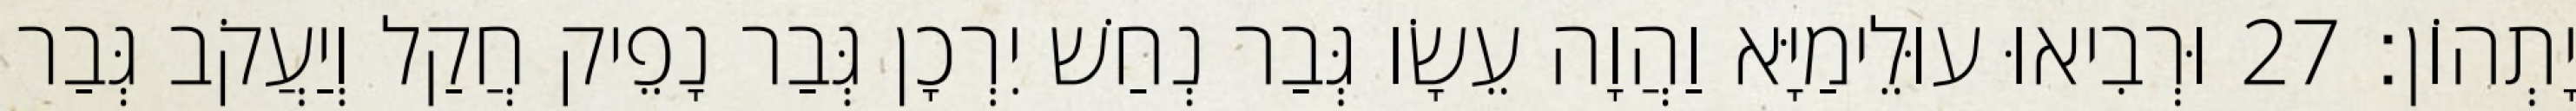
יָתְהוֹן׃ 27 וּרְבִיאוּ עוּלֵימַיָּא וַהֲוָה עֵשָׂו גְּבַר נְחַשׁ יִרְכָן גְּבַר נָפֵיק חֲקַל וְיַעֲקֹב גְּבַר